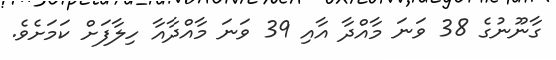
ގާނޫނުގެ 38 ވަނަ މާއްދާ އާއި 39 ވަނަ މާއްދާއާ ހިލާފަށް ކަމަށެވެ.